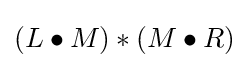
(L\bullet M)\ast (M\bullet R)